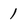
Character: 1